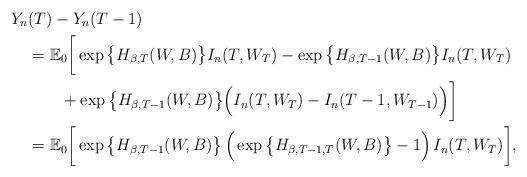
LaTeX: \begin{align*}Y_n&(T)-Y_n(T-1)\\&=\mathbb E_0\bigg[\exp\big\{H_{\beta,T}(W,B)\big\}I_n(T,W_T) -\exp\big\{H_{\beta,T-1}(W,B)\big\}I_n(T,W_T)\\&\qquad+\exp\big\{H_{\beta,{T-1}}(W,B)\big\}\Big(I_n(T,W_T)-I_n(T-1,W_{T-1})\Big)\bigg]\\&=\mathbb E_0\bigg[\exp\big\{H_{\beta,T-1}(W,B)\big\}\,\Big(\exp\big\{H_{\beta,T-1,T}(W,B)\big\}-1\Big)\,I_n(T,W_T)\bigg],\end{align*}